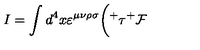
I = \int d ^ { 4 } x \varepsilon ^ { \mu \nu \rho \sigma } \bigg ( { ^ + } \tau { ^ + } { \cal F }